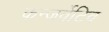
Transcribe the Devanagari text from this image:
कन्जर्वेटिव